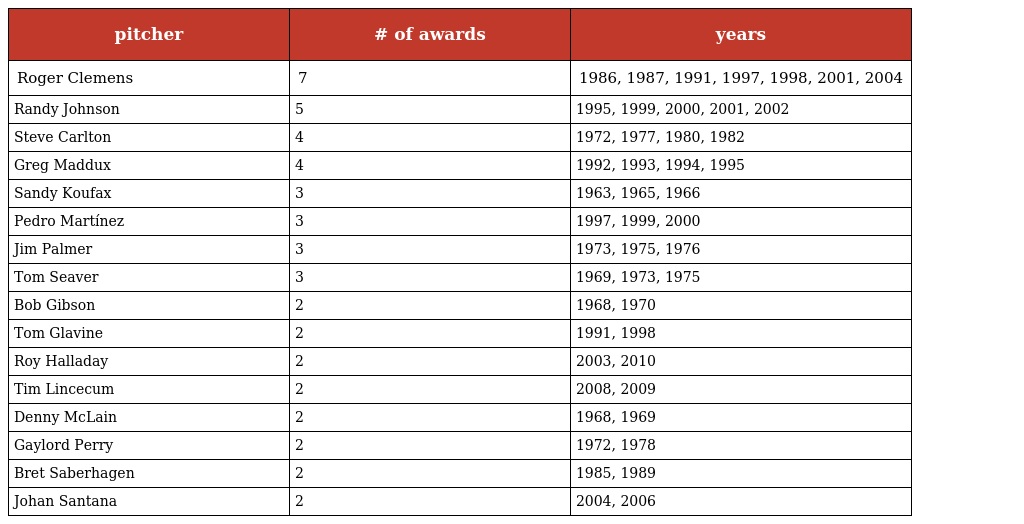
| pitcher | # of awards | years |
 | --- | --- | --- |
 | Roger Clemens | 7 | 1986, 1987, 1991, 1997, 1998, 2001, 2004 |
 | Randy Johnson | 5 | 1995, 1999, 2000, 2001, 2002 |
 | Steve Carlton | 4 | 1972, 1977, 1980, 1982 |
 | Greg Maddux | 4 | 1992, 1993, 1994, 1995 |
 | Sandy Koufax | 3 | 1963, 1965, 1966 |
 | Pedro Martínez | 3 | 1997, 1999, 2000 |
 | Jim Palmer | 3 | 1973, 1975, 1976 |
 | Tom Seaver | 3 | 1969, 1973, 1975 |
 | Bob Gibson | 2 | 1968, 1970 |
 | Tom Glavine | 2 | 1991, 1998 |
 | Roy Halladay | 2 | 2003, 2010 |
 | Tim Lincecum | 2 | 2008, 2009 |
 | Denny McLain | 2 | 1968, 1969 |
 | Gaylord Perry | 2 | 1972, 1978 |
 | Bret Saberhagen | 2 | 1985, 1989 |
 | Johan Santana | 2 | 2004, 2006 |